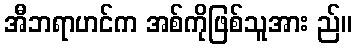
အီဘရာဟင်က အစ်ကိုဖြစ်သူအား ည်။